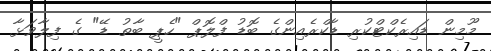
މޫމިން ޑައިރެކްޓްކުރި ޑާކްރެއިންގެ ބޮޑު ފްލޮޕް "ހެޕީ ބާތު ޑޭ" ގެ ފިލާވަޅާ